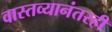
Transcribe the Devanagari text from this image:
वास्तव्यानंतरही